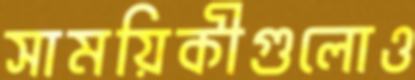
সাময়িকীগুলোও